Vaccine operations Central Provinces & Berar 1912-1920 - 1912-1920
Year: 1912
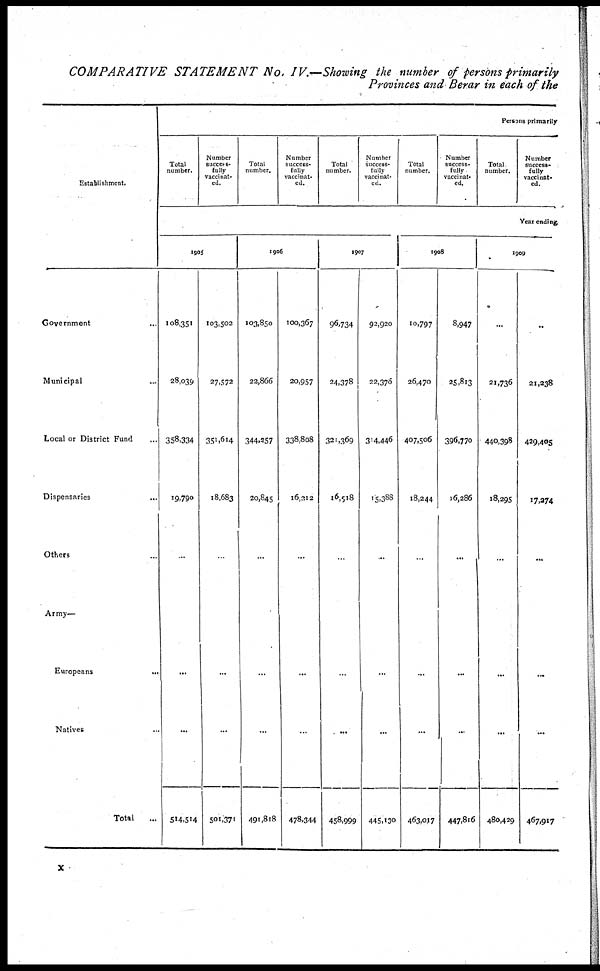
COMPARATIVE STATEMENT No. IV.—Showing the number of persons primarily
Provinces and Berar in each of the
Establishment.
Government ...
Municipal
...
Local or District Fund ...
Dispensaries ...
Others ...
Army—
Europeans ...
Natives ...
Total
...
Persons primarily
Total
number.
Number
success-
fully
vaccinat-
ed.
Total
number.
Number
success-
fully
vaccinat-
ed.
Total
number.
Number
success-
fully
vaccinat-
ed.
Total
number.
Number
success-
fully
vaccinat-
ed.
Total
number.
Number
success-
fully
vaccinat-
ed.
Year ending.
1905
108,351
28,039
358,334
19,790
...
...
...
514,514
103,502
27,572
351,614
18,683
...
...
...
501,371
1906
103,850
22,866
344,257
20,845
...
...
...
491,818
100,367
20,957
338,808
16,212
...
...
...
478,344
1907
96,734
24,378
321,369
16,518
...
...
...
458,999
92,920
22,376
314,446
15,388
...
...
...
445,130
1908
10,797
26,470
407,506
18,244
...
...
...
463,017
8,947
25,813
396,770
16,286
...
...
...
447,816
1909
...
21,736
440,398
18,295
...
...
...
480,429
...
21,238
429,405
17,274
...
...
...
467,917
x